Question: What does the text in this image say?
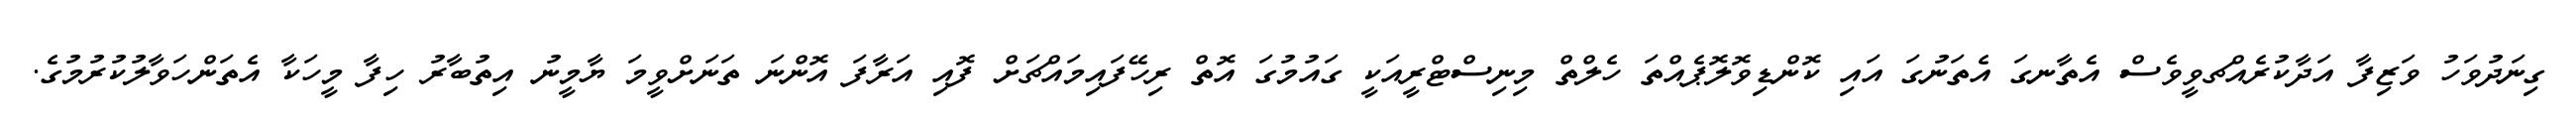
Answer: ގިނަދުވަހު ވަޒިފާ އަދާކުރެއްޗވީވެސް އެތާނގަ އެތަނުގަ އައި ކޮންޑިވޮލޮޕެއްތަ ހެލްތް މިނިސްޓްރީއަކީ ގައުމުގަ އޮތް ރިހޭފައިމައްޗަށް ފޮއި އަރާފަ އޮންނަ ތަނަށްވީމަ ޔާމީނު އިތުބާރު ހިފާ މީހަކާ އެތަންހަވާލުކުރުމުގެ.